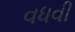
વધવી